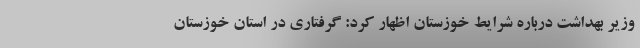
وزیر بهداشت درباره شرایط خوزستان اظهار کرد: گرفتاری در استان خوزستان